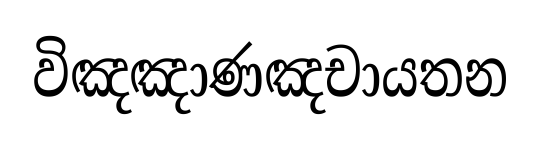
විඤඤාණඤචායතන